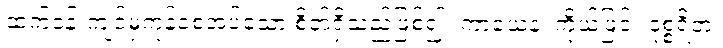
ထက်ဝန်းကျင်မှကုန်စေအပ်သော စိတ်ရှိသည်ဖြစ်၍။ ကာယေန၊ ကိုယ်ဖြင့်။ ဒုစ္စရိတံ၊